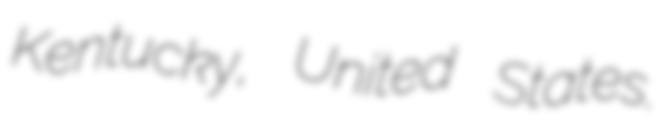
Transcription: Kentucky, United States.